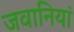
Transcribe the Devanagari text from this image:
जवानियां